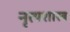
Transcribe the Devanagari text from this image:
नृत्‍यशास्‍त्र